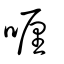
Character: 喱